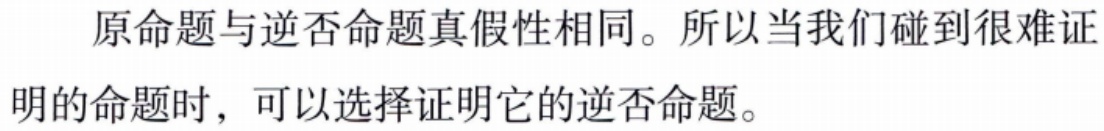
原命题与逆否命题真假性相同。所以当我们碰到很难证明的命题时，可以选择证明它的逆否命题。